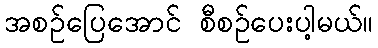
အစဉ်ပြေအောင် စီစဉ်ပေးပါ့မယ်။